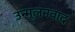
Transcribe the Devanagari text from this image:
उन्मूलनवाद